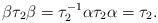
LaTeX: \begin{align*}\beta\tau_2 \beta = \tau^{-1}_2 \alpha \tau_2 \alpha = \tau_2.\end{align*}